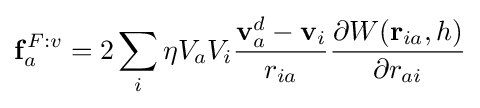
\mathbf {f} _{a}^{F:v}=2\sum _{i}\eta V_{a}V_{i}{\frac {\mathbf {v} _{a}^{d}-\mathbf {v} _{i}}{r_{ia}}}{\frac {\partial W(\mathbf {r} _{ia},h)}{\partial {{r}_{ai}}}}